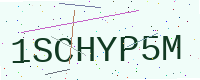
Text: 1SCHYP5M